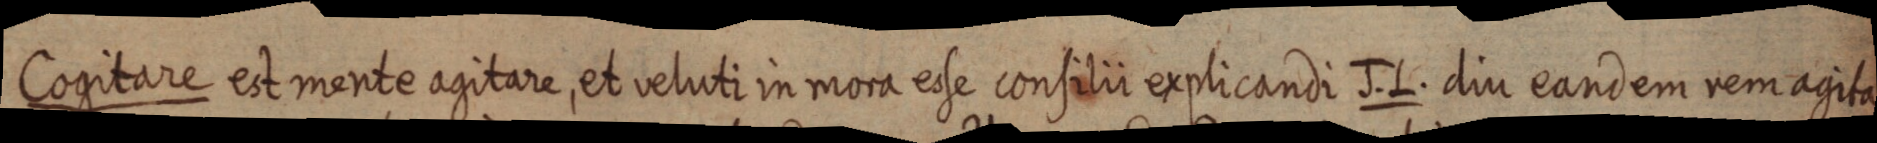
Cogitare est mente agitare, et veluti in mora esse consilii explicandi J. L. diu eandem rem agita